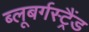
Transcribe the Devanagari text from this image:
ब्‍लूबर्गस्‍ट्रैंड